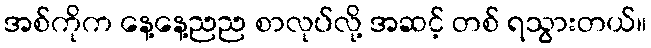
အစ်ကိုက နေ့နေ့ညည စာလုပ်လို့ အဆင့် တစ် ရသွားတယ်။